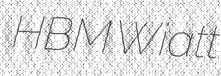
HBM Wiatt